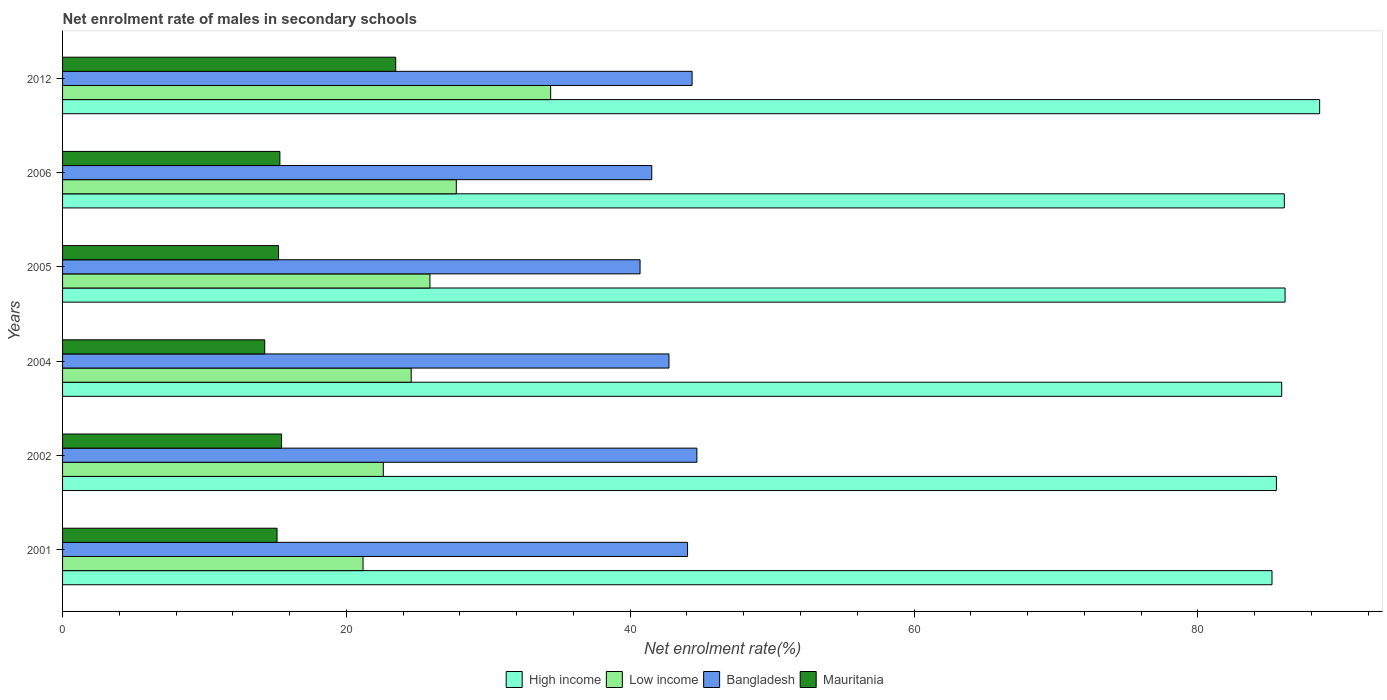
| Years | High income | Low income | Bangladesh | Mauritania |
 | --- | --- | --- | --- | --- |
 | 2001 | 85.2 | 21.2 | 44 | 15.1 |
 | 2002 | 85.5 | 22.6 | 44.7 | 15.4 |
 | 2004 | 85.9 | 24.6 | 42.7 | 14.2 |
 | 2005 | 86.1 | 25.9 | 40.7 | 15.2 |
 | 2006 | 86.1 | 27.7 | 41.5 | 15.3 |
 | 2012 | 88.6 | 34.4 | 44.4 | 23.5 |